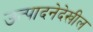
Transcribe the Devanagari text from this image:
उत्पादनेदेखील